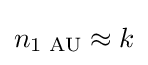
n_{1{\text{ AU}}}\approx k